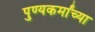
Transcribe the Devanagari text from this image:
पुण्यकर्मांच्या